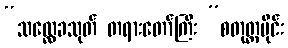
“သလ္လေခသုတ် တရားတော်ကြီး ”စတုတ္ထပိုင်း